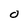
Character: O